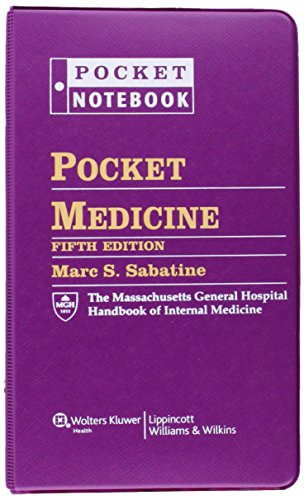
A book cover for Pocket Medicine: The Massachusetts General Hospital Handbook of Internal Medicine (Pocket Notebook); Marc S. Sabatine MD; Medical Books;